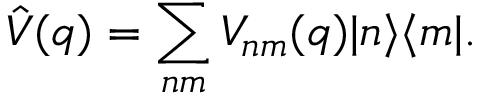
\hat { V } ( q ) = \sum _ { n m } V _ { n m } ( q ) | n \rangle \langle m | .